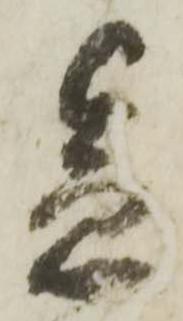
急